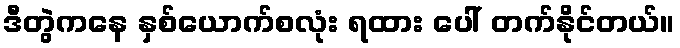
ဒီတွဲကနေ နှစ်ယောက်စလုံး ရထား ပေါ် တက်နိုင်တယ်။